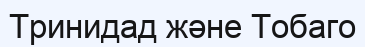
Тринидад және Тобаго